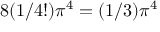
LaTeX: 8 ( 1 / 4 ! ) \pi ^ { 4 } = ( 1 / 3 ) \pi ^ { 4 }